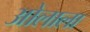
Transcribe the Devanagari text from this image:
ओलाला